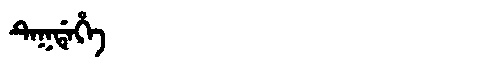
Manchu: ᡨᡝᡴᡩᡝᡥᡝ
Romanization: TEKDEHE